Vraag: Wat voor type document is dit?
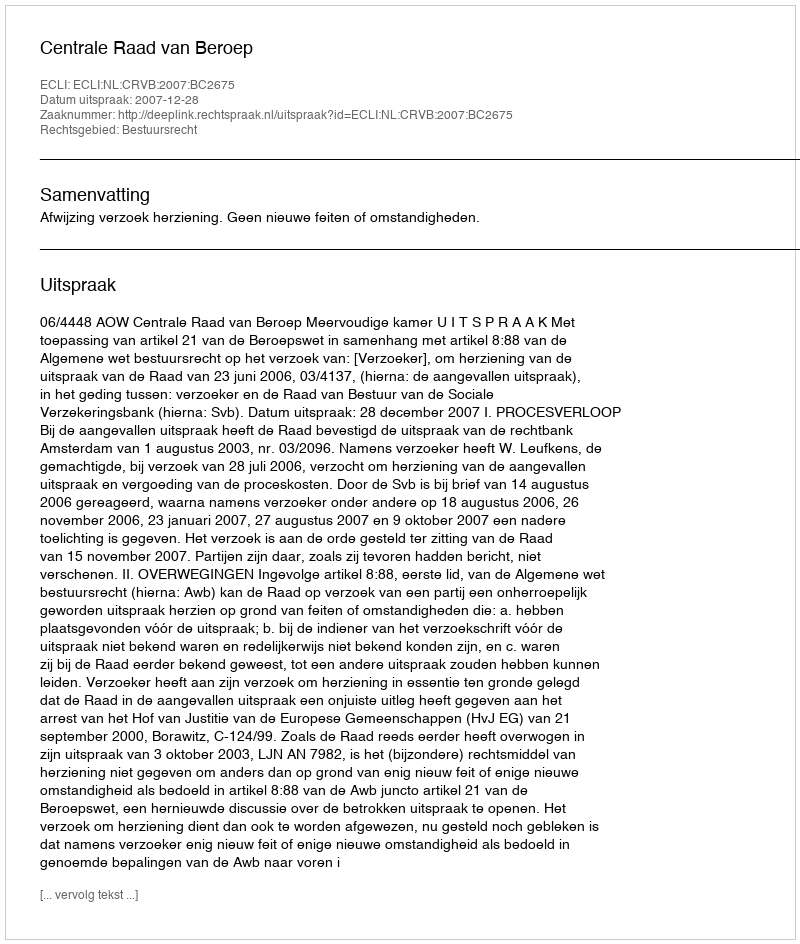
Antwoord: Uitspraak